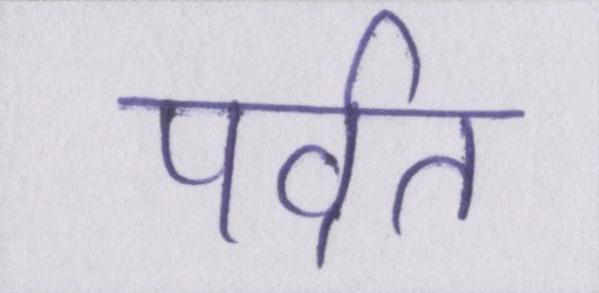
पर्वत